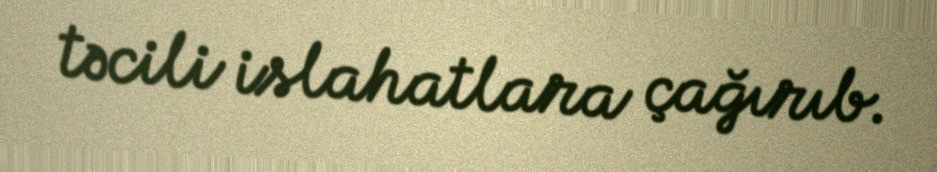
təcili islahatlara çağırıb.